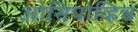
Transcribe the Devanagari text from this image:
ओसिपोव्हिच